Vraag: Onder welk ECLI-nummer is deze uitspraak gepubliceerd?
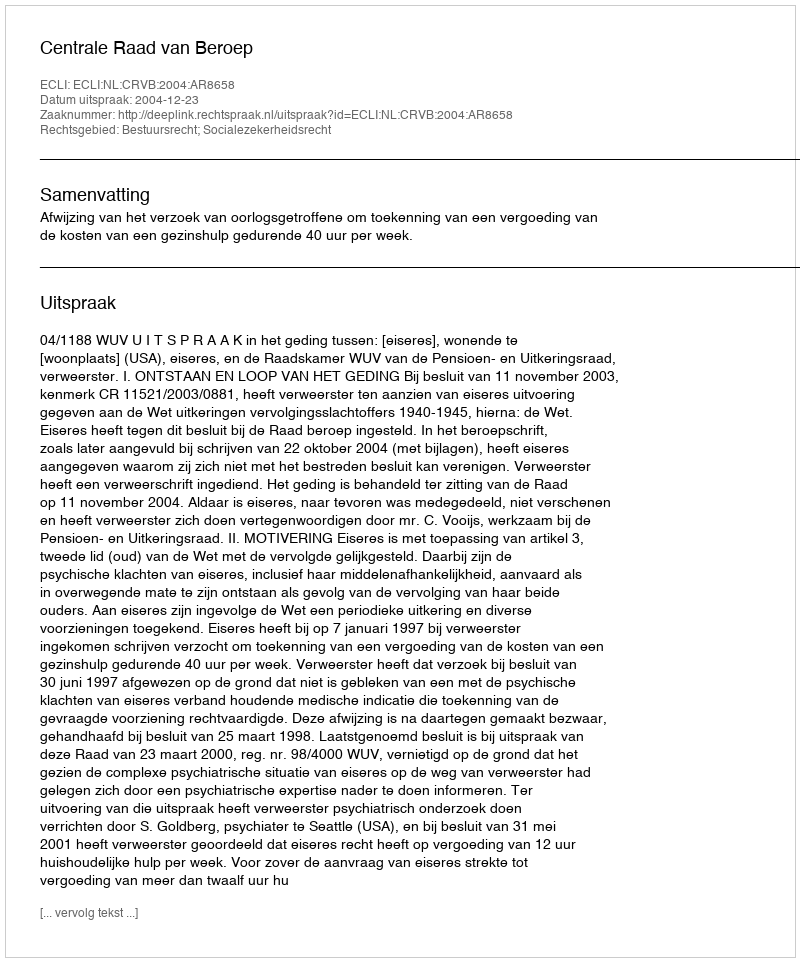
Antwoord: ECLI:NL:CRVB:2004:AR8658